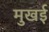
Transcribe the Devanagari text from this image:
मुखई